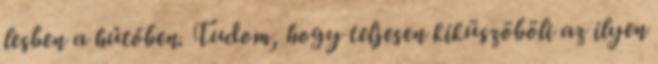
lesben a hűtőben. Tudom, hogy teljesen kiküszöböli az ilyen